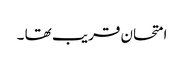
امتحان قریب تھا ۔